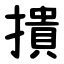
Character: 撌